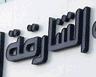
الشارقة